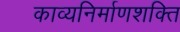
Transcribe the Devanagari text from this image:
काव्यनिर्माणशक्ति